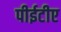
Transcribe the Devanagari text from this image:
पीईटीए